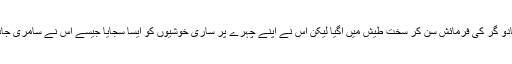
بادشاہ اس بہروپیئے سامری جادو گر کی فرمائش سن کر سخت طیش میں آگیا لیکن اس نے اپنے چہرے پر ساری خوشیوں کو ایسا سجایا جیسے اس نے سامری جادو گر کو واقعی قبول کر لیا ہو۔